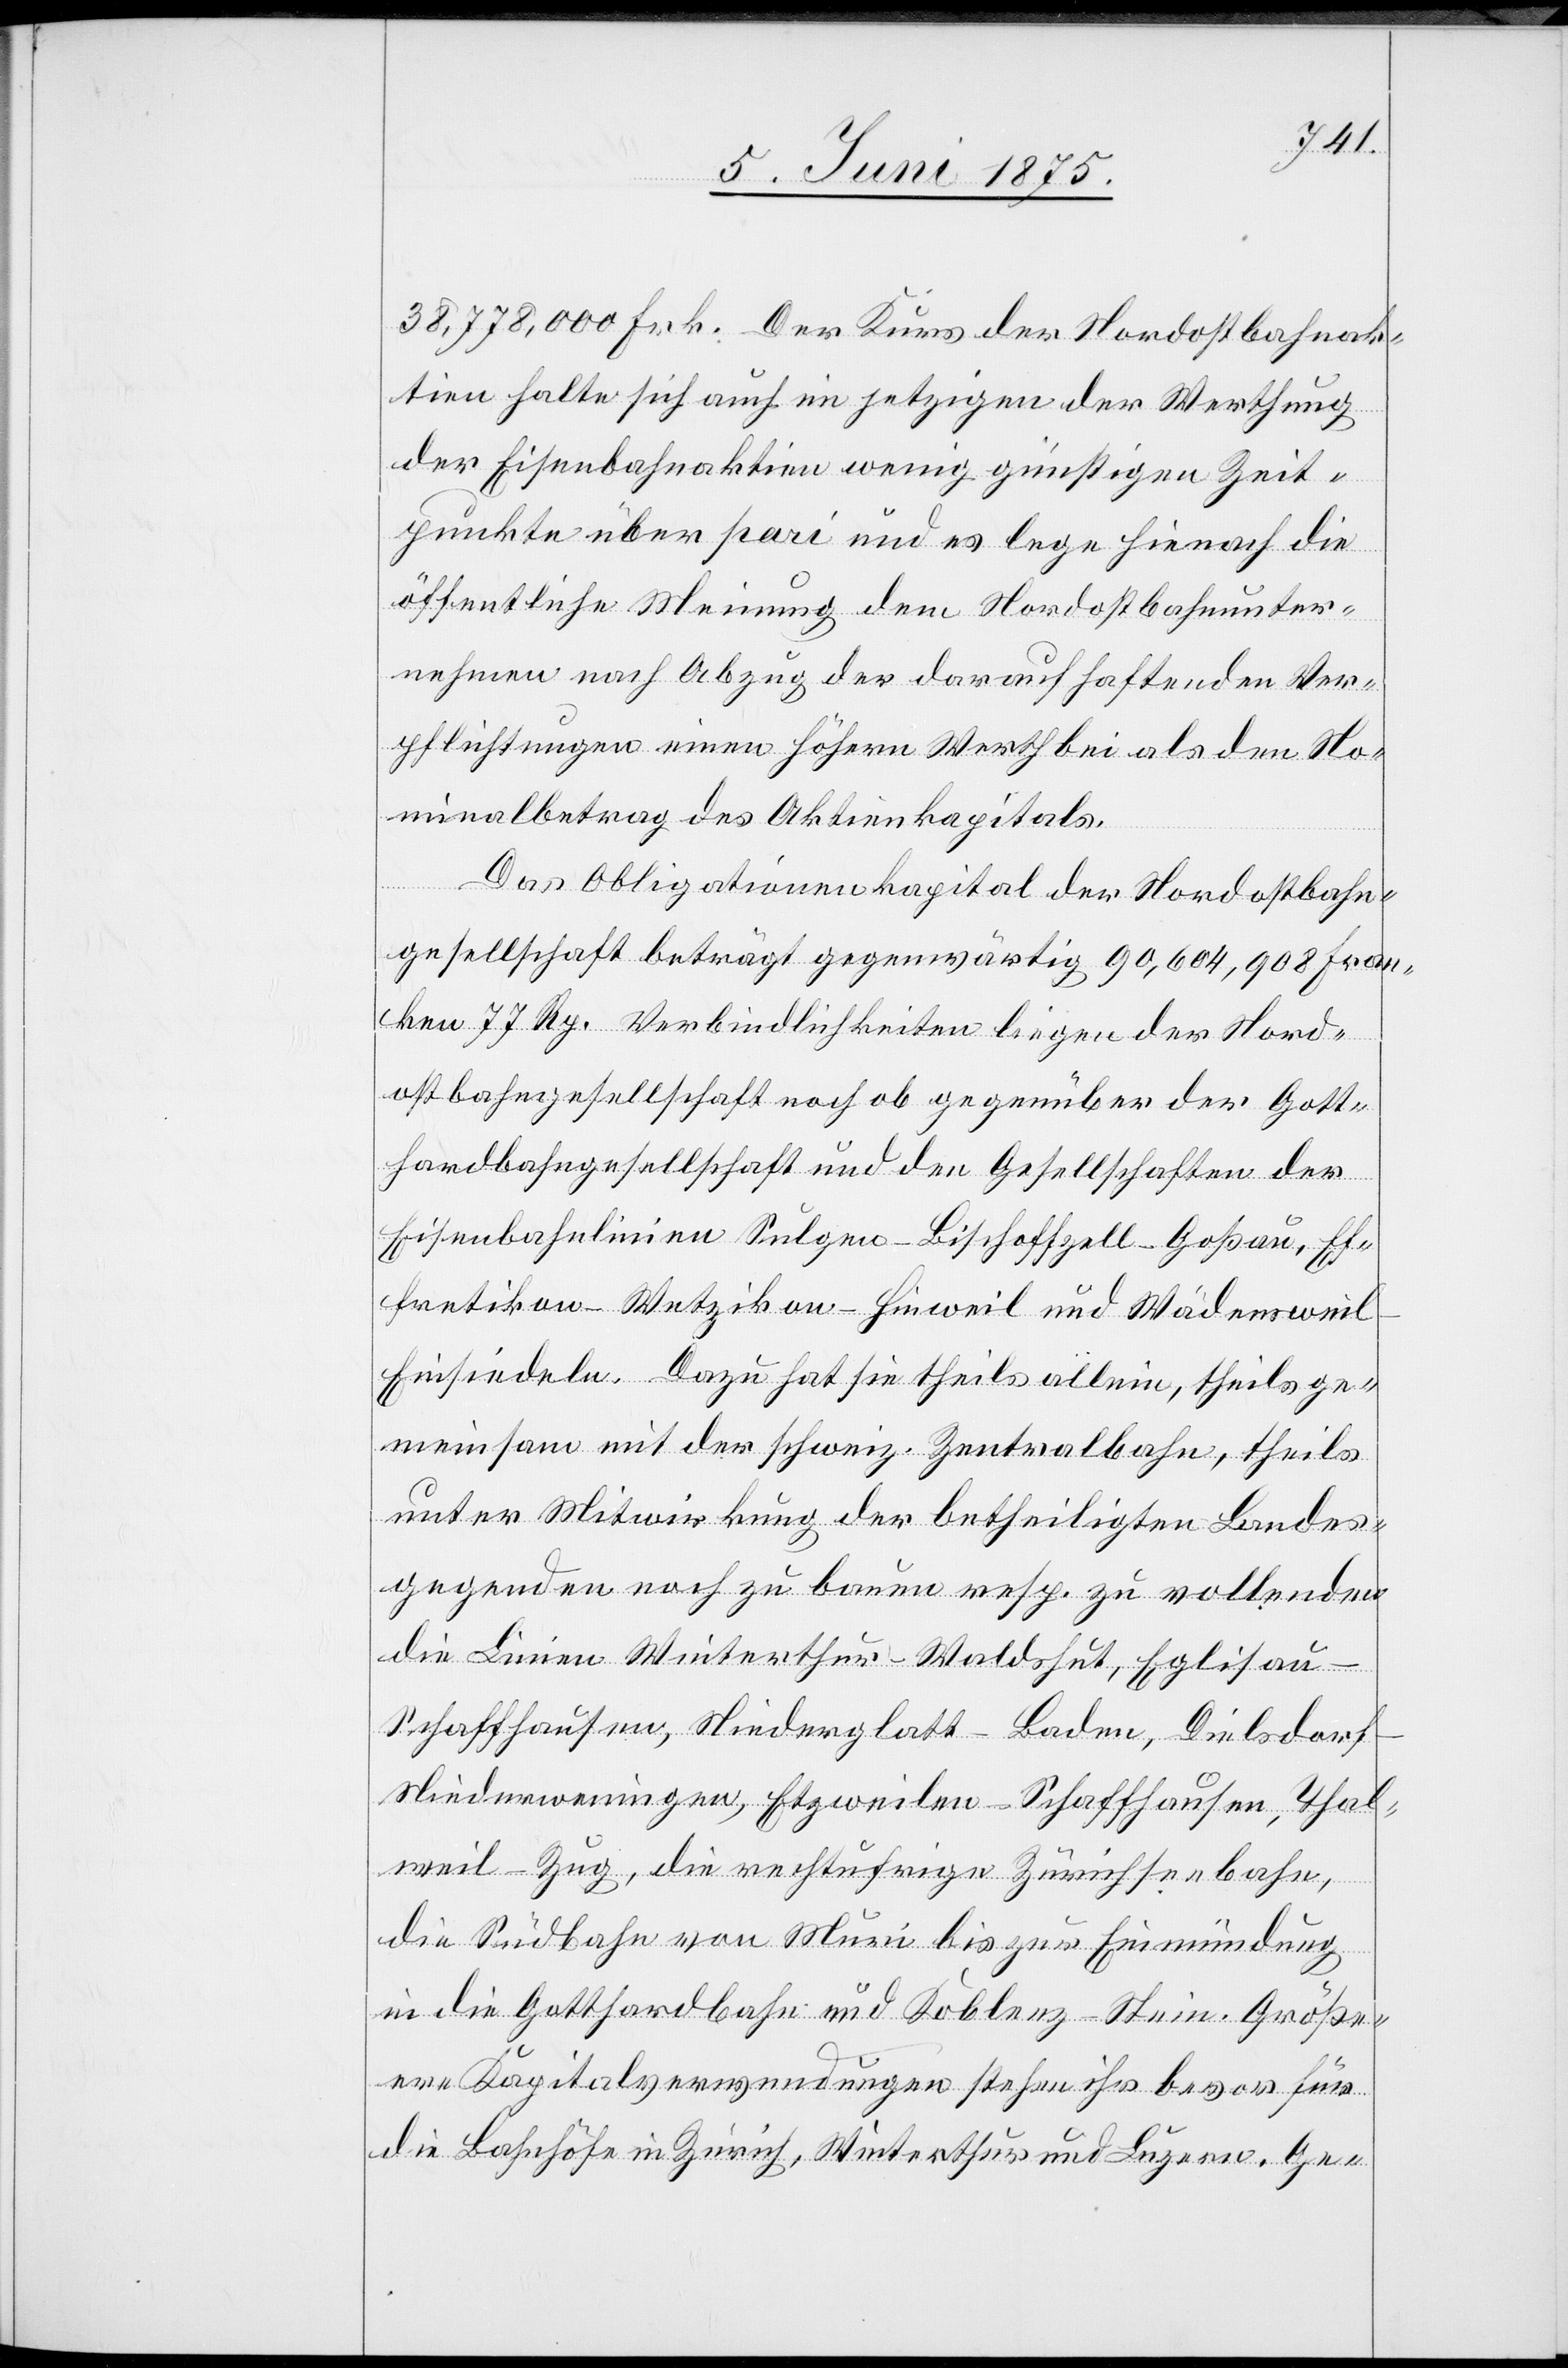
38,778,000 Frk. Der Kurs der Nordostbahnak¬
tien halte sich auch im jetzigen der Werthung
der Eisenbahnaktien wenig günstigen Zeit¬
punkte über pari und es lege hienach die
öffentliche Meinung dem Nordostbahnunter¬
nehmen nach Abzug der darauf haftenden Ver¬
pflichtungen einen höhern Werth bei als den No¬
minalbetrag des Aktienkapitals.
Das Obligationenkapital der Nordostbahn¬
gesellschaft beträgt gegenwärtig 90,604,908 Fran¬
ken 77 Rp. Verbindlichkeiten liegen der Nord¬
ostbahngesellschaft noch ob gegenüber der Gott¬
hardbahngesellschaft und den Gesellschaften der
Eisenbahnlinien Sulgen–Bischoffszell–Goßau, Ef¬
fretikon–Wetzikon–Hinweil und Wädenswei¬
l–Einsiedeln. Dazu hat sie theils allein, theils ge¬
meinsam mit der schweiz. Zentralbahn, theils
unter Mitwirkung der betheiligten Landes¬
gegenden noch zu bauen resp. zu vollenden
die Linien Winterthur–Waldshut, Eglisa¬
u–Schaffhausen, Niederglatt–Baden, Dielsdorf–N¬
iederweningen, Etzweilen–Schaffhausen, Thal¬
weil–Zug, die rechtsufrige Zürichseebahn,
die Südbahn von Muri bis zur Einmündung
in die Gotthardbahn und Koblenz–Stein. Größ¬
ere Kapitalverwendungen stehen ihr bevor für
die Bahnhöfe in Zürich, Winterthur und Luzern. Ge-